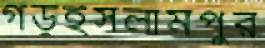
গড়ইসলামপুর